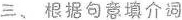
三、根据句意填介词